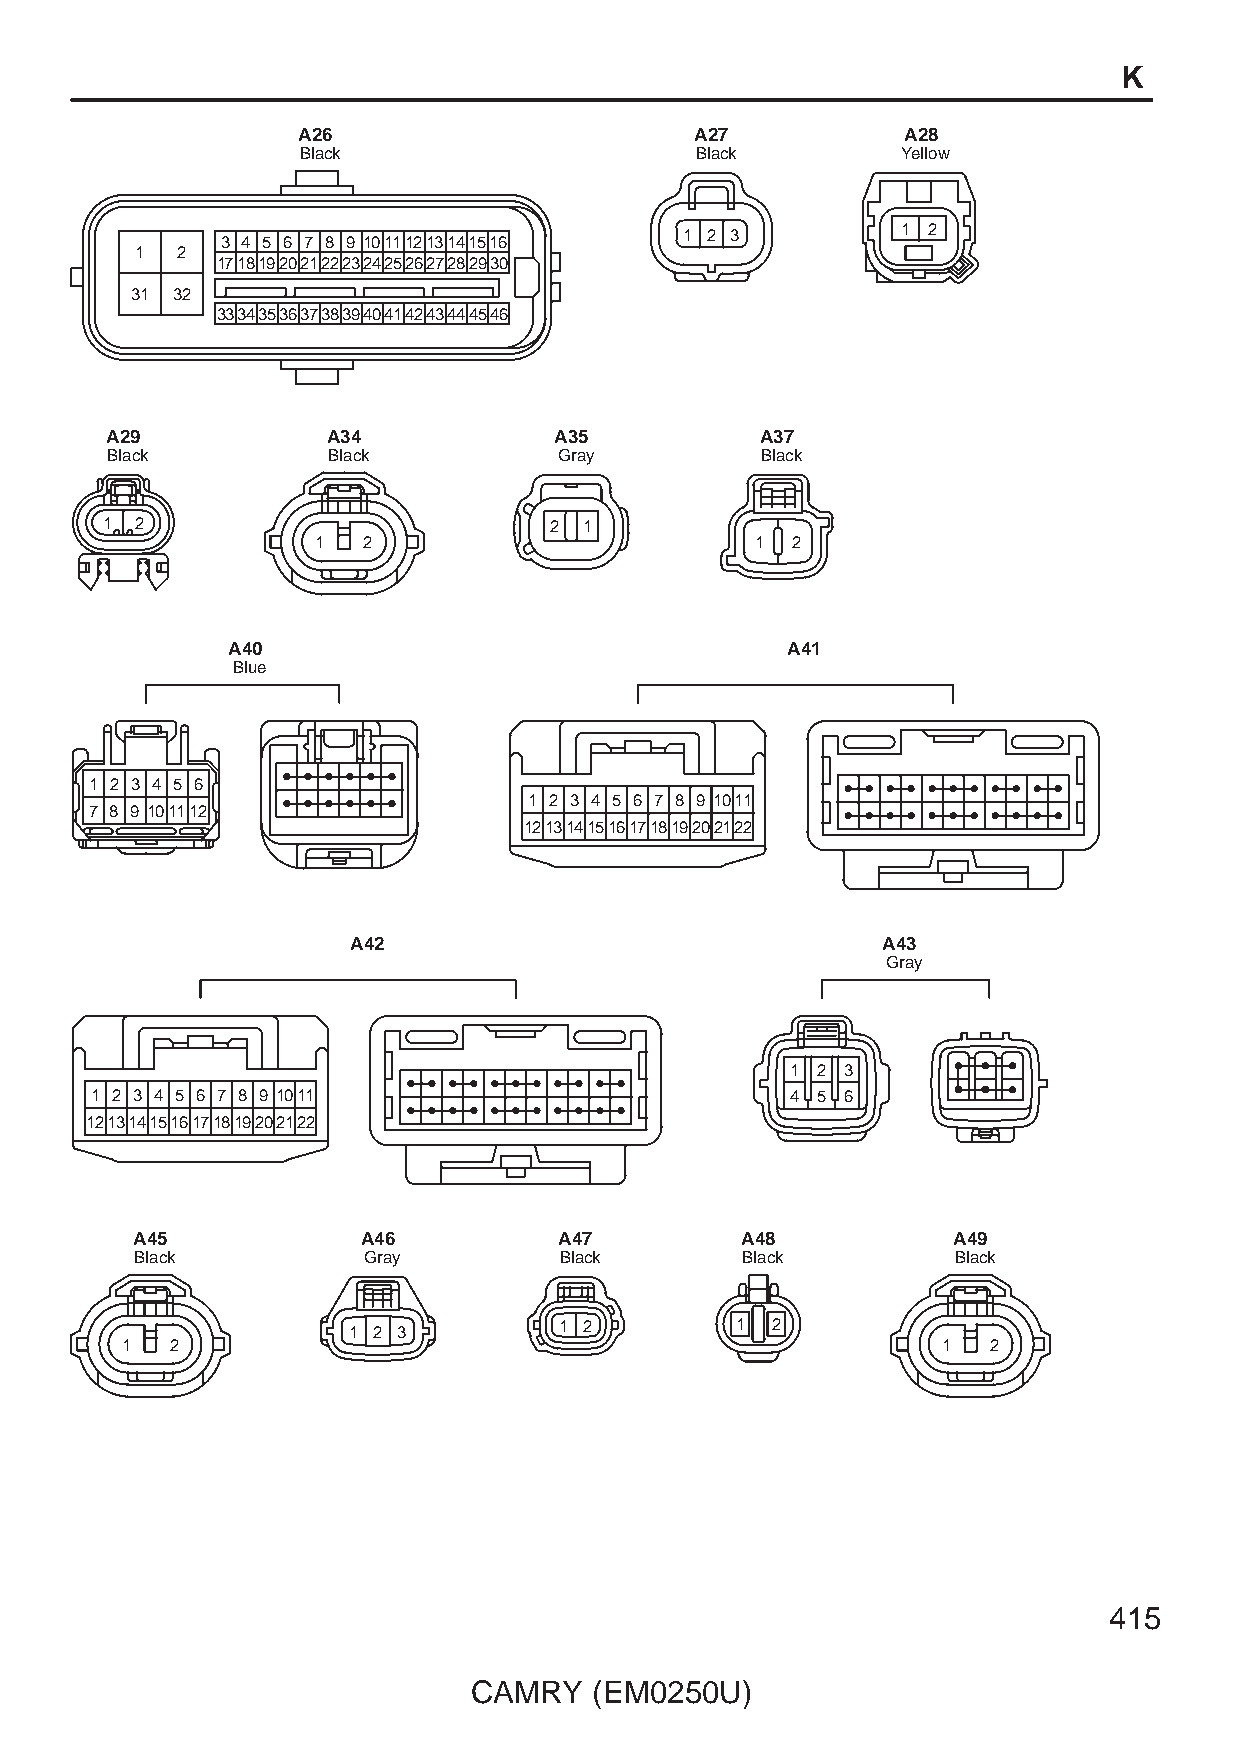
K
 A26                       A27           A28
 Black                     Black         Yellow
 1 2
 1 2 3
 3 4 5 6 7 8 9 10111213141516
 1  2
 1718192021222324252627282930
 31 32
 3334353637383940414243444546
 A29            A34            A35          A37
 Black          Black          Gray         Black
 1 2                          2  1
 1  2                         1 2
 A40                                  A41
 Blue
 1 2 3 4 5 6
 1 2 3 4 5 6 7 8 9 1011
 7 8 9 101112
 1213141516171819202122
 A42                                A43
 Gray
 1 2 3
 1 2 3 4 5 6 7 8 9 1011                        4 5 6
 1213141516171819202122
 A45            A46          A47         A48           A49
 Black          Gray         Black       Black         Black
 1 2 3         1 2         1 2
 1  2                                                  1   2
 415
 CAMRY   (EM0250U)